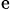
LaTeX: ^\mathrm{e}